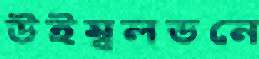
উইম্বলডনে